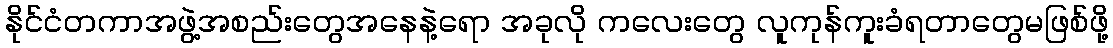
နိုင်ငံတကာအဖွဲ့အစည်းတွေအနေနဲ့ရော အခုလို ကလေးတွေ လူကုန်ကူးခံရတာတွေမဖြစ်ဖို့